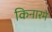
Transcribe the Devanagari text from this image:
किनारमे